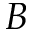
B